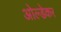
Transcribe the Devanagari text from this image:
ओल्डेकर